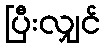
ပြီးလျှင်